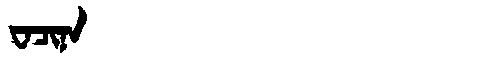
Manchu: ᠸᠠᠴᡳᠨᠠ
Romanization: WACINA